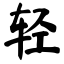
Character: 轻